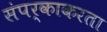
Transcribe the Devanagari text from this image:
संपर्काकरता